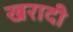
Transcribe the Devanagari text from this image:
खरादी